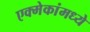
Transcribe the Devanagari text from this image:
एक्मेकांमध्ये